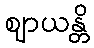
ဈာယန္တိ